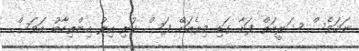
ނަމަވެސް ޝަރީއަތް ފަށާ ގަޑި މިރެއަށް ފަސް ކުރި އިރު އިންތިހާބު އަވަސް